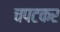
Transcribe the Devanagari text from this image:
चपटकर